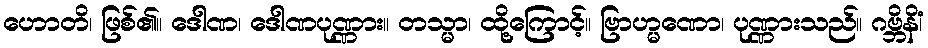
ဟောတိ၊ ဖြစ်၏။ ဒေါဏ၊ ဒေါဏပုဏ္ဏား။ တသ္မာ၊ ထို့ကြောင့်။ ဗြာဟ္မဏော၊ ပုဏ္ဏားသည်။ ဂဗ္ဘိနိံ၊